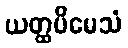
ယတ္ထပိမေသံ